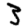
Digit: 3